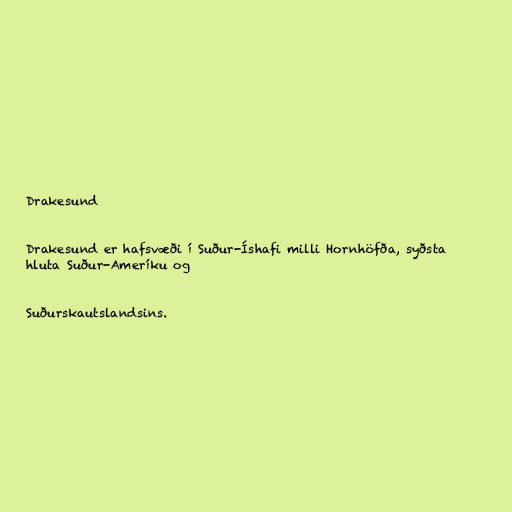
Drakesund

Drakesund er hafsvæði í Suður-Íshafi milli Hornhöfða, syðsta
hluta Suður-Ameríku og

Suðurskautslandsins.